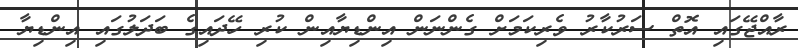
ރާއްޖޭގައި އޮތް ސަރުކާރު ވެރިކަމަށް ގެންނަން އިންޑިޔާއިން ކުރި ހޭދައިގެ ބަދަލުގައި އިންޑިޔާ